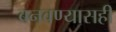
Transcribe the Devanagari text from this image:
बनवण्यासही